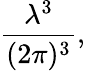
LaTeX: {\frac{\lambda^{3}}{(2\pi)^{3}}},